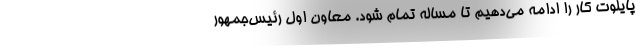
پایلوت کار را ادامه می‌دهیم تا مساله تمام شود. معاون اول رئیس‌جمهور